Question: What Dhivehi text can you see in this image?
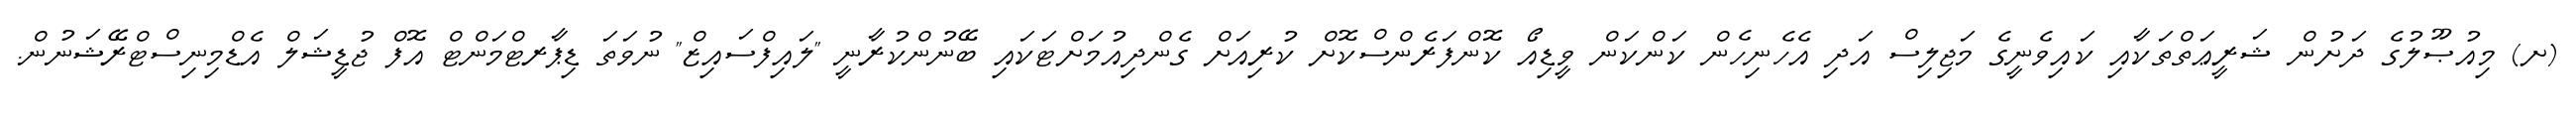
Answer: (ށ) މިއުޞޫލުގެ ދަށުން ޝަރީޢަތްތަކާއި ކައިވެނީގެ މަޖިލިސް އަދި އެހެނިހެން ކަންކަން ވީޑިއޯ ކޮންފަރެންސްކޮށް ކުރިއަށް ގެންދިއުމަށްޓަކައި ބޭނުންކުރާނީ "ލައިފްސައިޒް" ނުވަތަ ޑިޕާރޓްމަންޓް އޮފް ޖުޑީޝަލް އެޑްމިނިސްޓްރޭޝަނުން.